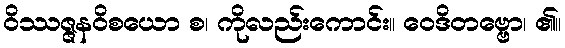
ဝိဿဇ္ဇနဝိစယော စ၊ ကိုလည်းကောင်း။ ဝေဒိတဗ္ဗော၊ ၏။